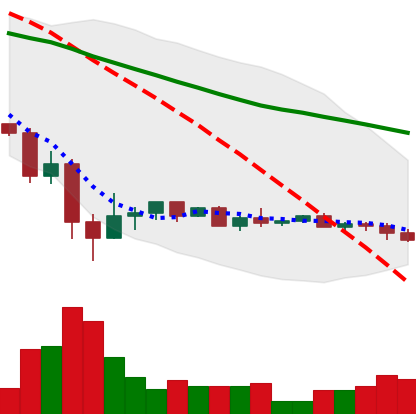
Ticker: XRP-USD
Chart end date: 2022-05-27
Forward return: 4.269%
Label: up_3_5